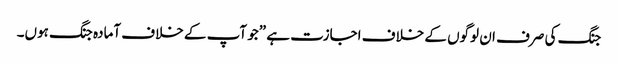
جنگ کی صرف ان لوگوں کے خلاف اجازت ہے ”جو آپ کے خلاف آمادہ جنگ ہوں۔